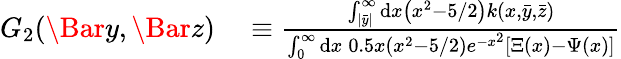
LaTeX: \begin{array}{rl}{G_{2}(\Bar{y},\Bar{z})}&{{}\equiv\frac{\int_{|\bar{y}|}^{\infty}\mathrm{d}x\left(x^{2}-5/2\right)k(x,\bar{y},\bar{z})}{\int_{0}^{\infty}\mathrm{d}x\: 0.5x\left(x^{2}-5/2\right)e^{-x^{2}}\left[\Xi(x)-\Psi(x)\right]}}\end{array}